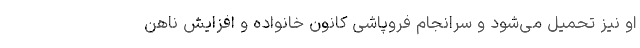
او نیز تحمیل می‌شود و سرانجام فروپاشی کانون خانواده و افزایش ناهن